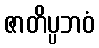
ဇာတိပ္ပဘဝံ